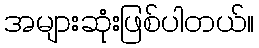
အများဆုံးဖြစ်ပါတယ်။